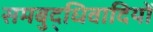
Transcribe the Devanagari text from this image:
समबुद्धिवादियों